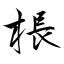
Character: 棖